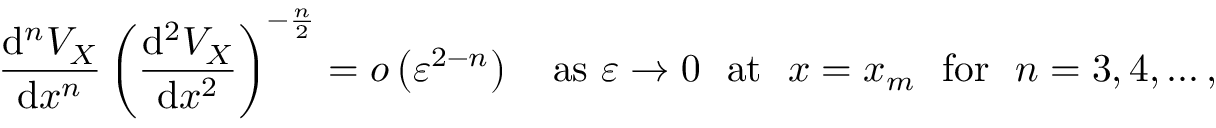
\frac { \mathrm { d } ^ { n } V _ { X } } { \mathrm { d } x ^ { n } } \left( \frac { \mathrm { d } ^ { 2 } V _ { X } } { \mathrm { d } x ^ { 2 } } \right) ^ { - \frac { n } { 2 } } = o \left( \varepsilon ^ { 2 - n } \right) \quad \mathrm { a s \ } \varepsilon \rightarrow 0 \ \ \mathrm { a t \ \ } x = x _ { m } \ \ \mathrm { f o r \ \ } n = 3 , 4 , \ldots ,